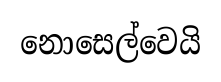
නොසෙල්වෙයි